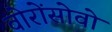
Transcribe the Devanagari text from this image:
वोरोंसोवो